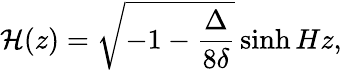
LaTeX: {\cal H}(z)=\sqrt{-1-\frac{\Delta}{8\delta}}\sinh{Hz},